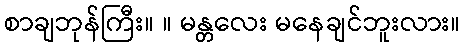
စာချဘုန်ကြီး။ ။ မန္တလေး မနေချင်ဘူးလား။